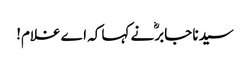
سیدنا جابرؓ نے کہا کہ اے غلام!